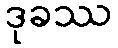
ဒုခဿ